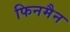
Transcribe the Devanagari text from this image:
फिनमैन